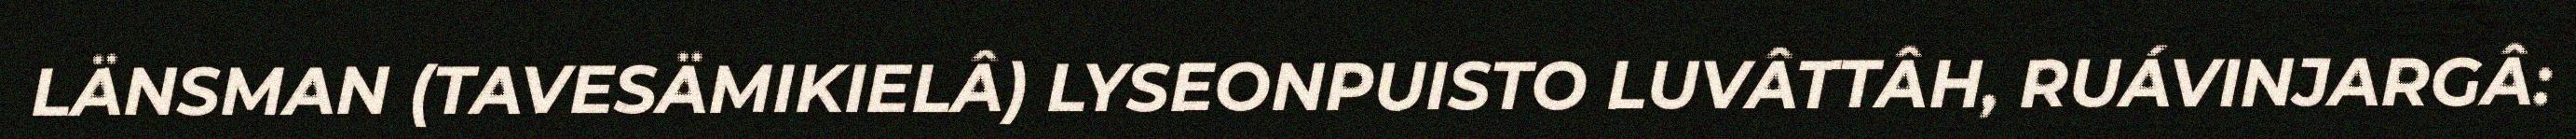
LÄNSMAN (TAVESÄMIKIELÂ) LYSEONPUISTO LUVÂTTÂH, RUÁVINJARGÂ: